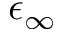
\epsilon _ { \infty }